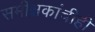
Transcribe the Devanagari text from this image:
समीक्षकांचीही